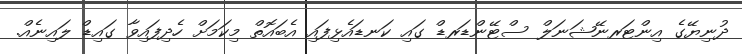
ދުނިޔޭގެ އިންޓަރނޭޝަނަލް ސްޓޭންޑަރޑް ގައި ކަނޑައެޅިފައި އެބައޮތް މިކަމަށް ހެދިފައިވާ ގައިޑް ލައިނެއް.